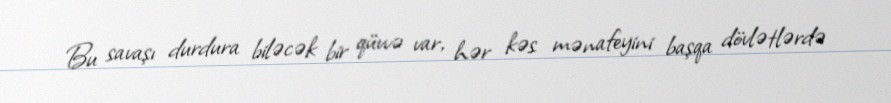
Bu savaşı durdura biləcək bir qüvvə var, hər kəs mənafeyini başqa dövlətlərdə